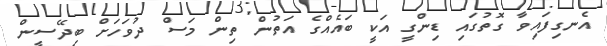
އެނގިފައިވާ ގޮތުގައި ޑިންގީ އަކީ ބައެއްގެ އަތުން ތިން މަސް ދުވަހަށް ބިދޭސީން